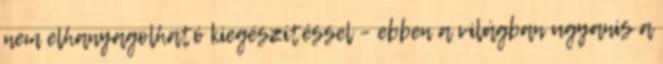
nem elhanyagolható kiegészítéssel – ebben a világban ugyanis a